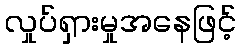
လှုပ်ရှားမှုအနေဖြင့်